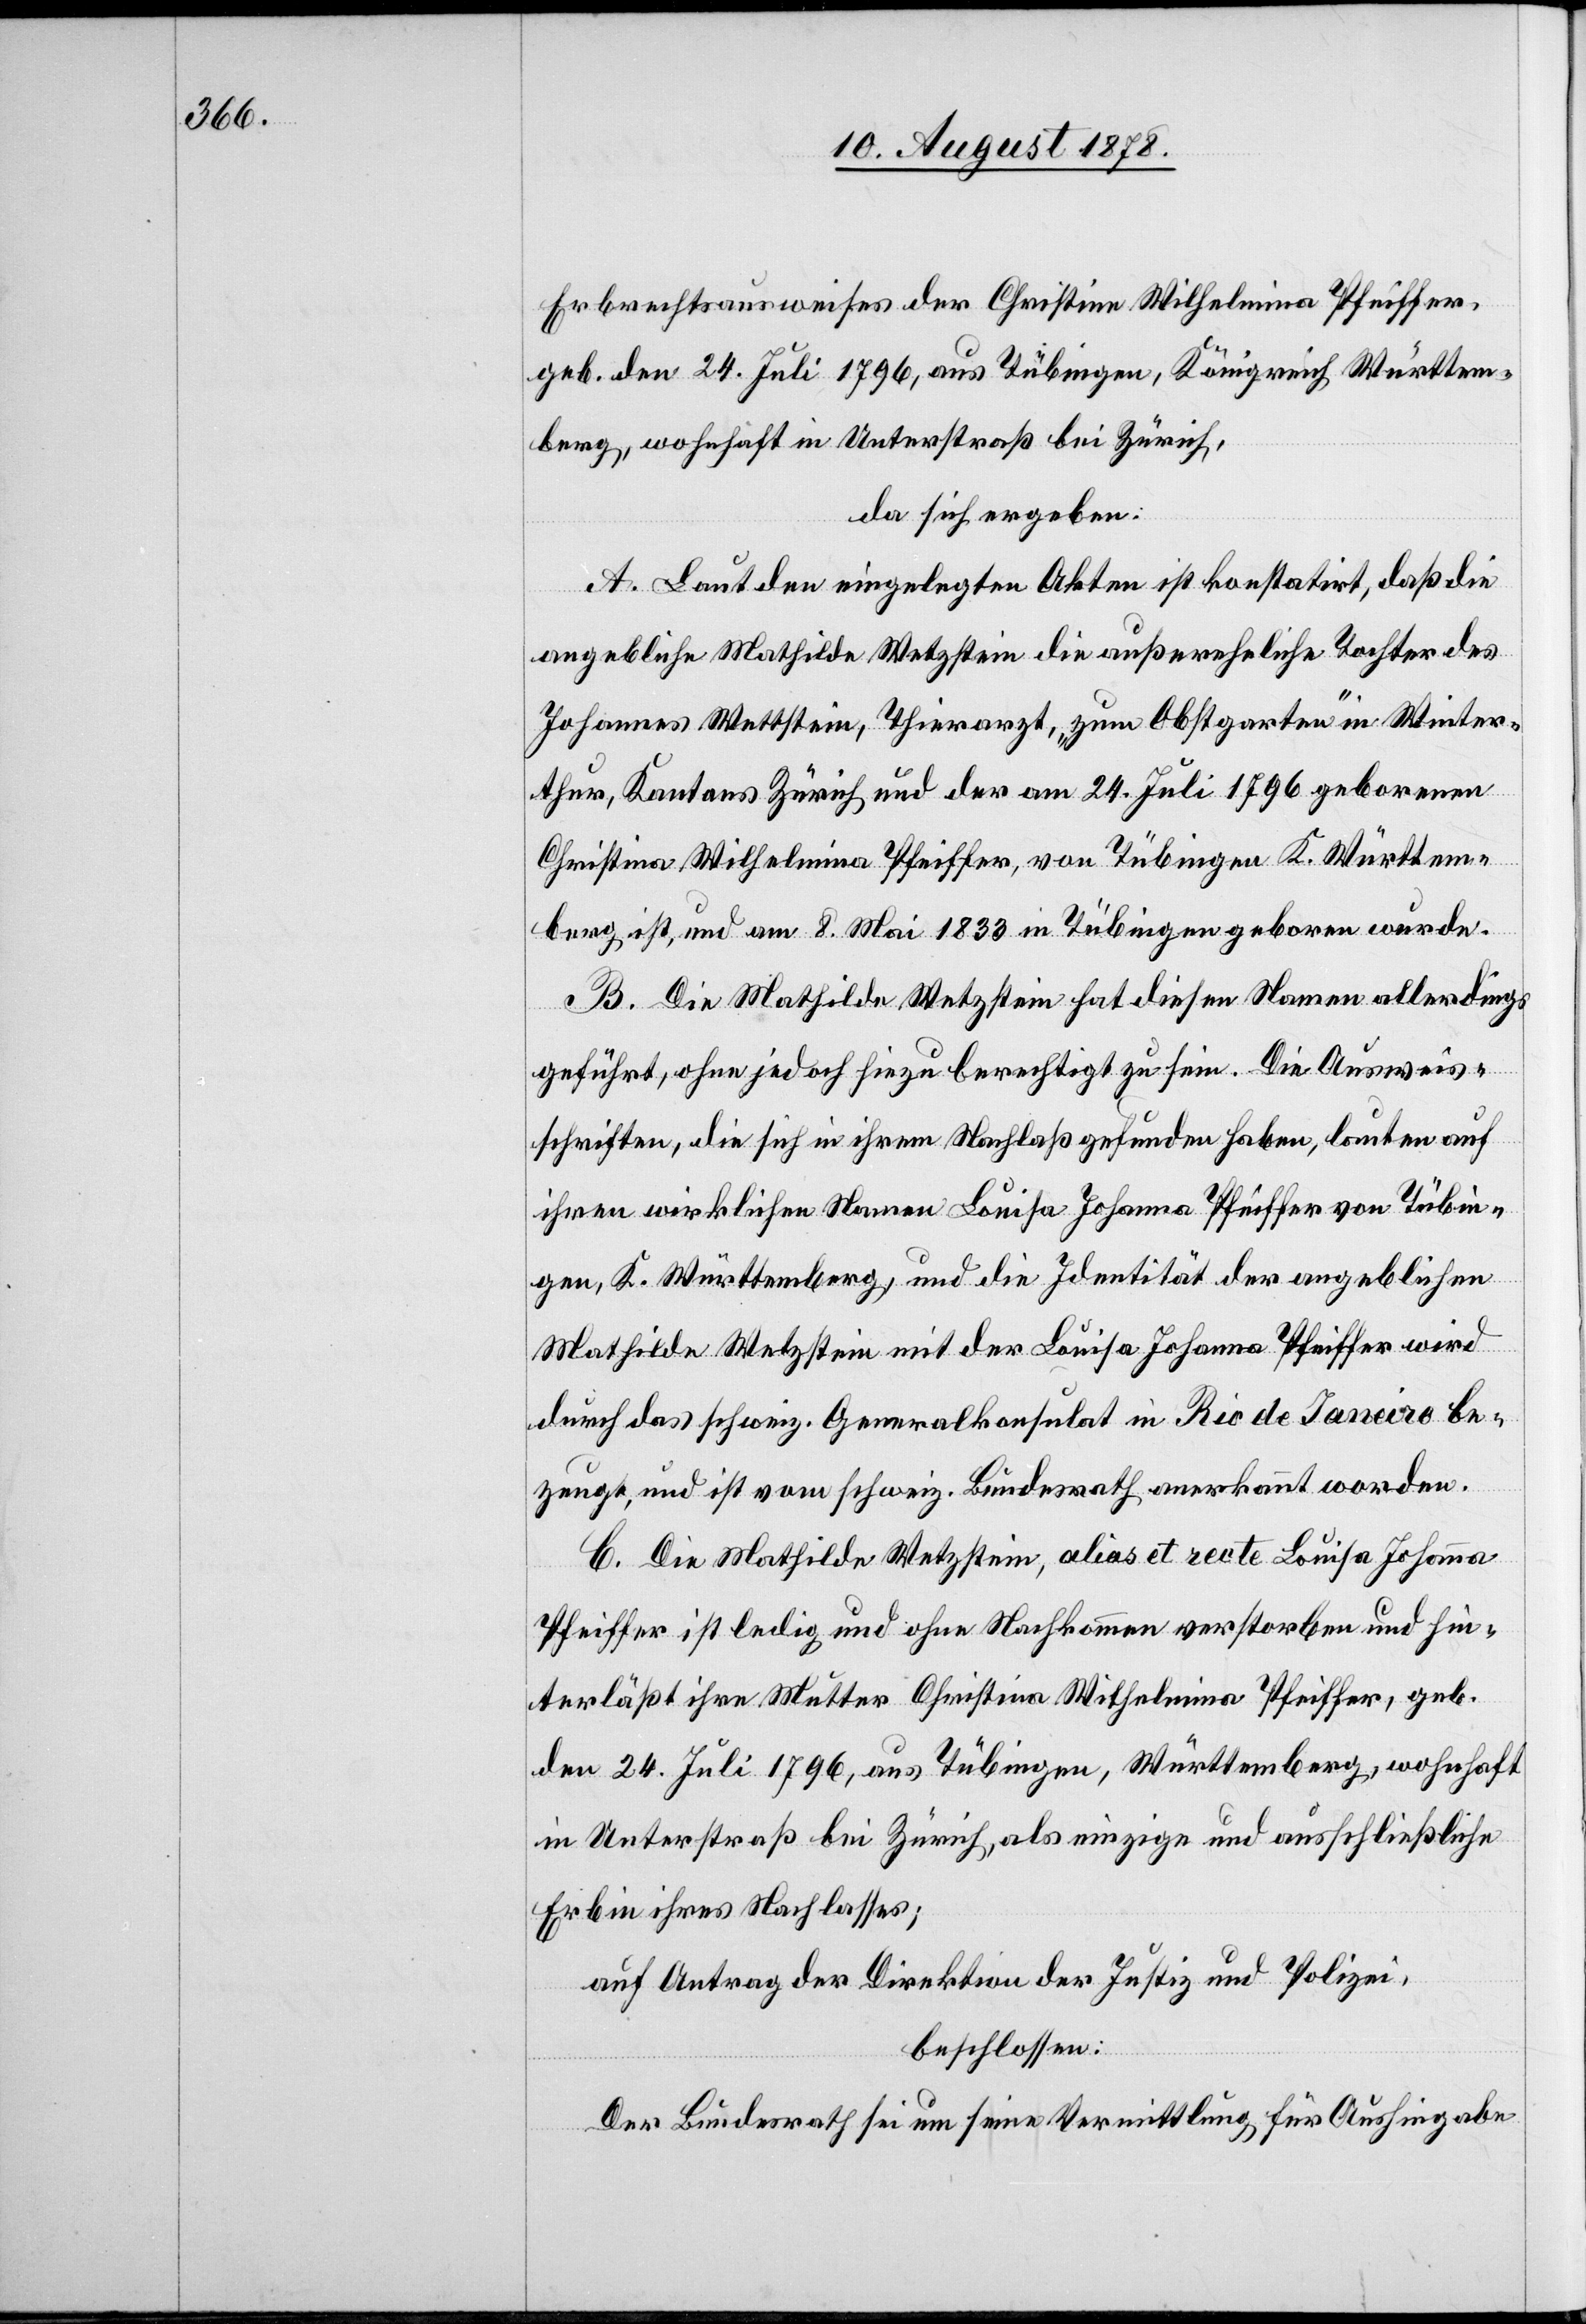
Erbrechtsausweises der Christine Wilhelmina Pfeiffer,
geb. den 24. Juli 1796, aus Tübingen, Königreich Württem¬
berg, wohnhaft in Unterstraß bei Zürich,
da sich ergeben:
A. Laut den eingelegten Akten ist konstatirt, daß die
angebliche Mathilde Wetzstein die außereheliche Tochter des
Johannes Wettstein, Thierarzt, „zum Obstgarten“ in Winter¬
thur, Kantons Zürich und der am 24. Juli 1796 geborenen
Christina Wilhelmina Pfeiffer, von Tübingen K. Württem¬
berg ist, und am 8. Mai 1833 in Tübingen geboren wurde.
B. Die Mathilde Wetzstein hat diesen Namen allerdings
geführt, ohne jedoch hiezu berechtigt zu sein. Die Ausweis¬
schriften, die sich in ihrem Nachlaß gefunden haben, lauten auf
ihren wirklichen Namen Louisa Johanna Pfeiffer von Tübin¬
gen, K. Württemberg, und die Identität der angeblichen
Mathilde Wetzstein mit der Louisa Johanna Pfeiffer wird
durch das schweiz. Generalkonsulat in Rio de Janeiro be¬
zeugt, und ist vom schweiz. Bundesrath anerkannt worden.
C. Die Mathilde Wetzstein, alias et recte Louisa Johanna
Pfeiffer ist ledig und ohne Nachkommen verstorben und hin¬
terläßt ihre Mutter Christina Wilhelmina Pfeiffer, geb.
den 24. Juli 1796, aus Tübingen, Württemberg, wohnhaft
in Unterstraß bei Zürich, als einzige und ausschließliche
Erbin ihres Nachlasses;
auf Antrag der Direktion der Justiz und Polizei,
beschlossen:
Der Bundesrath sei um seine Vermittlung für Aushingabe